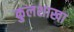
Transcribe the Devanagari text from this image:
कुलशाखा